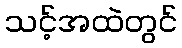
သင့်အထဲတွင်